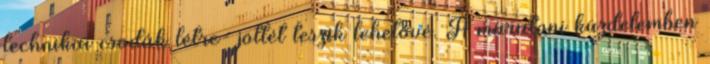
technikai csodák létre- jöttét teszik lehetővé. A maratoni küzdelemben